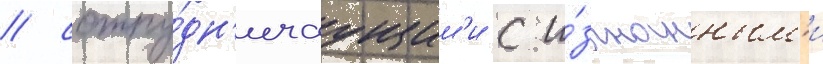
/ сотру́дн'ичаущим'и с и́згнанным'и